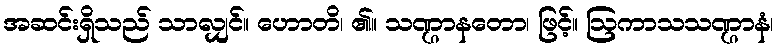
အဆင်းရှိသည် သာလျှင်။ ဟောတိ၊ ၏။ သဏ္ဌာနတော၊ ဖြင့်။ ဩကာသသဏ္ဌာနံ၊